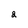
Character: 2